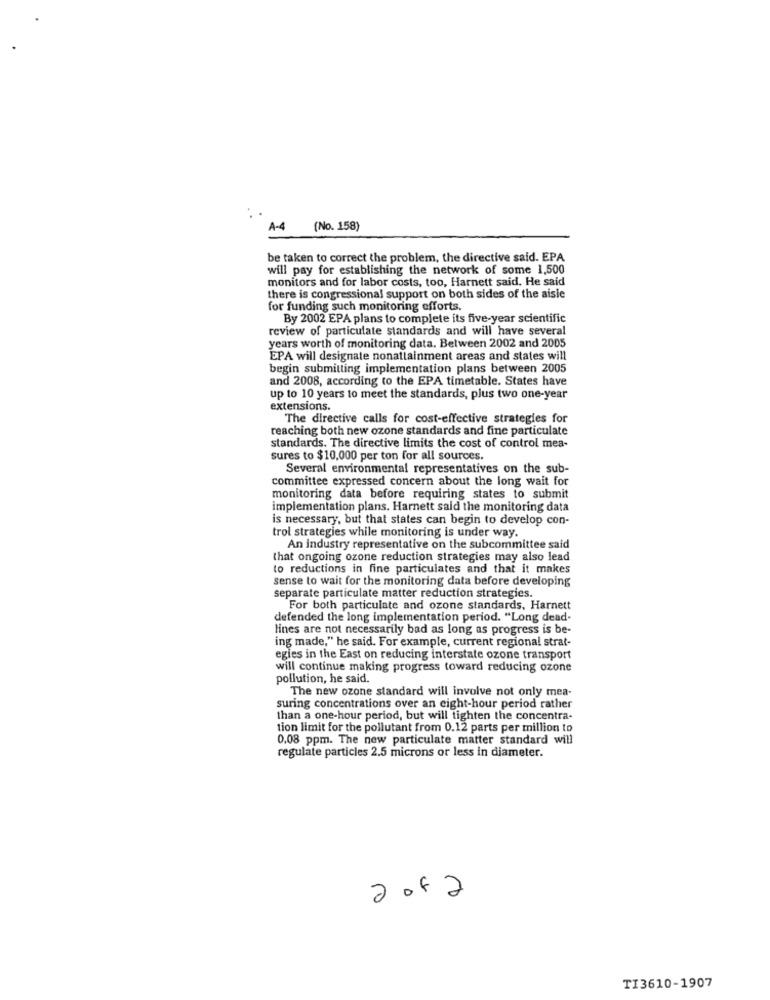
A-4 (No. 158)
be taken to correct the problem, the directive said. EPA
will pay for establishing the network of some 1,500
monitors and for labor costs, too, Harnett said. He said
there is congressional support on both sides of the aisle
for funding such monitoring efforts.
By 2002 EPA plans to complete its five-year scientific
review of particulate standards and will have several
years worth of monitoring data. Between 2002 and 2005
EPA will designate nonattainment areas and states will
begin submitting implementation plans between 2005
and 2008, according to the EPA timetable. States have
up to 10 years to meet the standards, plus two one-year
extensions.
The directive calls for cost-effective strategies for
reaching both new ozone standards and fine particulate
standards. The directive limits the cost of control mea-
sures to $10,000 per ton for all sources.
Several environmental representatives on the sub-
committee expressed concern about the long wait for
monitoring data before requiring states to submit
implementation plans. Harnett said the monitoring data
is necessary, but that states can begin to develop con-
trol strategies while monitoring is under way.
An industry representative on the subcommittee said
that ongoing ozone reduction strategies may also lead
to reductions in fine particulates and that it makes
sense to wait for the monitoring data before developing
separate particulate matter reduction strategies.
For both particulate and ozone standards, Harnett
defended the long implementation period. "Long dead-
lines are not necessarily bad as long as progress is be-
ing made," he said. For example, current regional strat-
egies in the East on reducing interstate ozone transport
will continue making progress toward reducing ozone
pollution, he said.
The new ozone standard will involve not only mea-
suring concentrations over an eight-hour period rather
than a one-hour period, but will tighten the concentra-
tion limit for the pollutant from 0.12 parts per million to
0.08 ppm. The new particulate matter standard will
regulate particles 2.5 microns or less in diameter.
2042
TI3610-1907